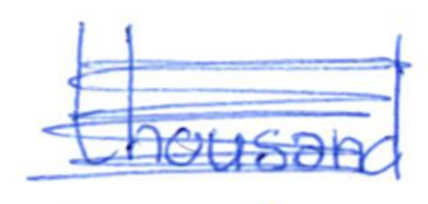
Text: thousand
Cross-out: scratch
Writing tool: ballpoint